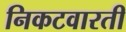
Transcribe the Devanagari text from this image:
निकटवारती